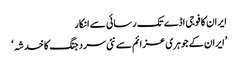
ایران کا فوجی اڈے تک رسائی سے انکار
’ایران کے جوہری عزائم سے نئی سرد جنگ کا خدشہ‘